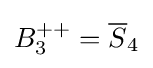
B_{3}^{++}={\overline {S}}_{4}